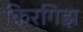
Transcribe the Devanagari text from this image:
किरगिझ